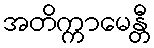
အတိက္ကာမေန္တီ